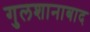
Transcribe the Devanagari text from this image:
गुलशानाबाद